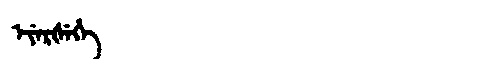
Manchu: ᡝᠶᡝᡵᡧᡝᡥᡝ
Romanization: EYERŠEHE